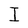
Character: I